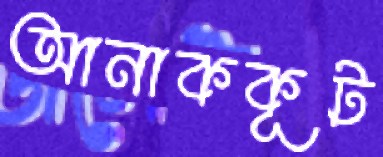
আনাককূট